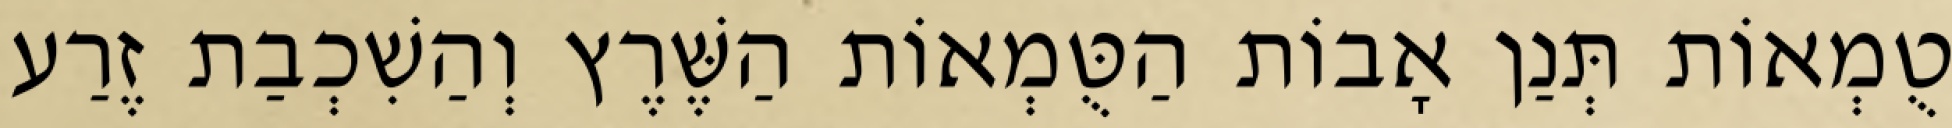
טֻמְאוֹת תְּנַן אָבוֹת הַטֻּמְאוֹת הַשֶּׁרֶץ וְהַשִׁכְבַת זֶרַע